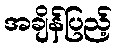
အချိန်ပြည့်